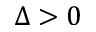
\Delta > 0